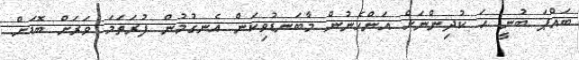
ބައްޕަ ބުނީ ހަ ކުދިންނަށް އަންހެނުން މާބަނޑުވިކަން އެނގުމުން ފުރަތަމަ ވަރަށް ބޮޑަށް